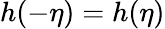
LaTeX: h(-\eta)=h(\eta)